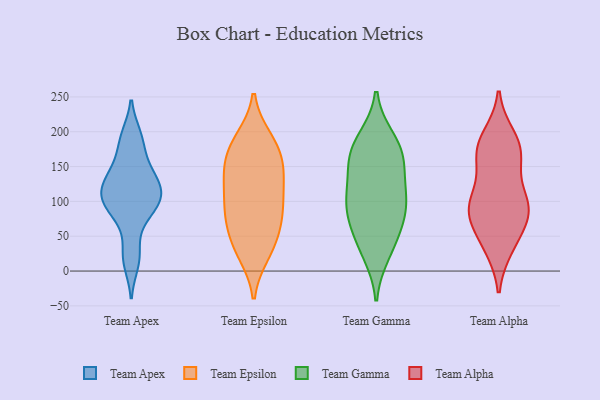
{"axis": {"x": "Bounce Rate (%)", "y": "Value"}, "legend": ["Team Alpha", "Team Apex", "Team Epsilon", "Team Gamma"], "data": [{"x": "", "y": 159, "type": "Team Apex"}, {"x": "", "y": 82, "type": "Team Apex"}, {"x": "", "y": 104, "type": "Team Apex"}, {"x": "", "y": 136, "type": "Team Apex"}, {"x": "", "y": 28, "type": "Team Apex"}, {"x": "", "y": 109, "type": "Team Apex"}, {"x": "", "y": 101, "type": "Team Apex"}, {"x": "", "y": 113, "type": "Team Apex"}, {"x": "", "y": 82, "type": "Team Apex"}, {"x": "", "y": 137, "type": "Team Apex"}, {"x": "", "y": 12, "type": "Team Apex"}, {"x": "", "y": 122, "type": "Team Apex"}, {"x": "", "y": 194, "type": "Team Apex"}, {"x": "", "y": 188, "type": "Team Apex"}, {"x": "", "y": 120, "type": "Team Epsilon"}, {"x": "", "y": 79, "type": "Team Epsilon"}, {"x": "", "y": 89, "type": "Team Epsilon"}, {"x": "", "y": 165, "type": "Team Epsilon"}, {"x": "", "y": 85, "type": "Team Epsilon"}, {"x": "", "y": 25, "type": "Team Epsilon"}, {"x": "", "y": 35, "type": "Team Epsilon"}, {"x": "", "y": 139, "type": "Team Epsilon"}, {"x": "", "y": 133, "type": "Team Epsilon"}, {"x": "", "y": 119, "type": "Team Epsilon"}, {"x": "", "y": 55, "type": "Team Epsilon"}, {"x": "", "y": 190, "type": "Team Epsilon"}, {"x": "", "y": 152, "type": "Team Epsilon"}, {"x": "", "y": 190, "type": "Team Epsilon"}, {"x": "", "y": 180, "type": "Team Epsilon"}, {"x": "", "y": 63, "type": "Team Epsilon"}, {"x": "", "y": 92, "type": "Team Epsilon"}, {"x": "", "y": 160, "type": "Team Epsilon"}, {"x": "", "y": 27, "type": "Team Epsilon"}, {"x": "", "y": 189, "type": "Team Gamma"}, {"x": "", "y": 107, "type": "Team Gamma"}, {"x": "", "y": 159, "type": "Team Gamma"}, {"x": "", "y": 181, "type": "Team Gamma"}, {"x": "", "y": 58, "type": "Team Gamma"}, {"x": "", "y": 26, "type": "Team Gamma"}, {"x": "", "y": 40, "type": "Team Gamma"}, {"x": "", "y": 117, "type": "Team Gamma"}, {"x": "", "y": 164, "type": "Team Gamma"}, {"x": "", "y": 89, "type": "Team Gamma"}, {"x": "", "y": 156, "type": "Team Gamma"}, {"x": "", "y": 98, "type": "Team Gamma"}, {"x": "", "y": 83, "type": "Team Gamma"}, {"x": "", "y": 57, "type": "Team Alpha"}, {"x": "", "y": 160, "type": "Team Alpha"}, {"x": "", "y": 85, "type": "Team Alpha"}, {"x": "", "y": 35, "type": "Team Alpha"}, {"x": "", "y": 193, "type": "Team Alpha"}, {"x": "", "y": 81, "type": "Team Alpha"}, {"x": "", "y": 100, "type": "Team Alpha"}, {"x": "", "y": 76, "type": "Team Alpha"}, {"x": "", "y": 184, "type": "Team Alpha"}, {"x": "", "y": 99, "type": "Team Alpha"}, {"x": "", "y": 159, "type": "Team Alpha"}, {"x": "", "y": 181, "type": "Team Alpha"}, {"x": "", "y": 34, "type": "Team Alpha"}, {"x": "", "y": 100, "type": "Team Alpha"}, {"x": "", "y": 101, "type": "Team Alpha"}, {"x": "", "y": 164, "type": "Team Alpha"}]}